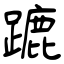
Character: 蹗